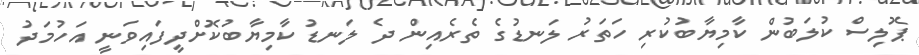
ޕޮލިސް ކުލަބުން ކާމިޔާބުކުރި ހަތަރު ލަނޑުގެ ތެރެއިން ދެ ލަނޑު ކާމިޔާބުކޮށްދީފައިވަނީ އަހުމަދު